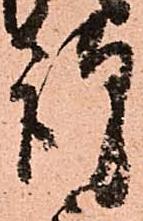
謹